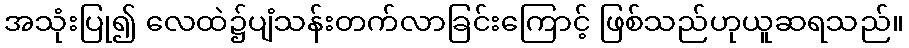
အသုံးပြု၍ လေထဲ၌ပျံသန်းတက်လာခြင်းကြောင့် ဖြစ်သည်ဟုယူဆရသည်။